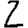
Digit: 2